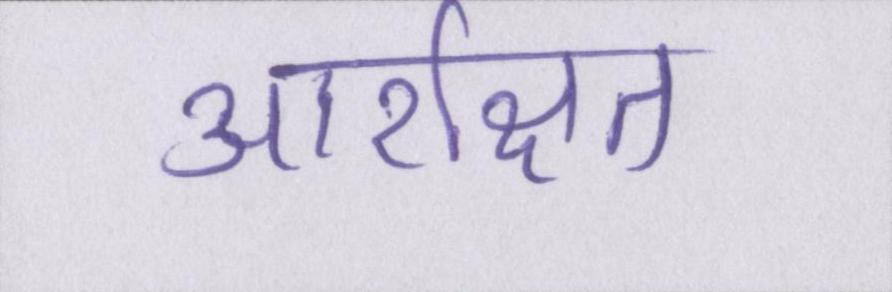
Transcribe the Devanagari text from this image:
आरक्षित